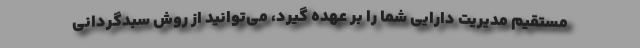
مستقیم مدیریت دارایی شما را بر عهده گیرد، می‌توانید از روش سبدگردانی